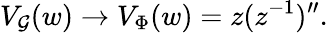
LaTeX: V_{{\cal G}}(w)\rightarrow V_{\Phi}(w)=z(z^{-1})^{\prime\prime}.